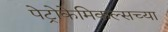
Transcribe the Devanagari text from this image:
पेट्रोकेमिकल्सच्या